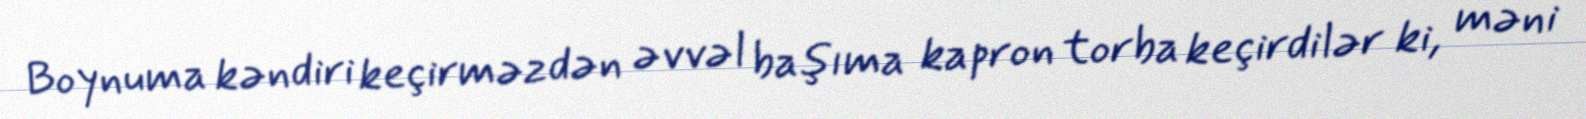
Boynuma kəndiri keçirməzdən əvvəl başıma kapron torba keçirdilər ki, məni